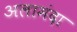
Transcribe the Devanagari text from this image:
अलामंदा